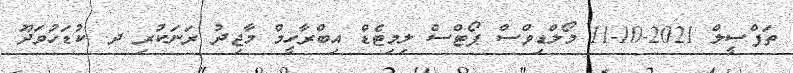
ތަފްސީލް 2021-10-11 މޯލްޑިވްސް ޕޯޓްސް ލިމިޓެޑް އިބްރާހީމް މާޖިދު ރަނަކުރި ދ. ކުޑަހުވަދޫ